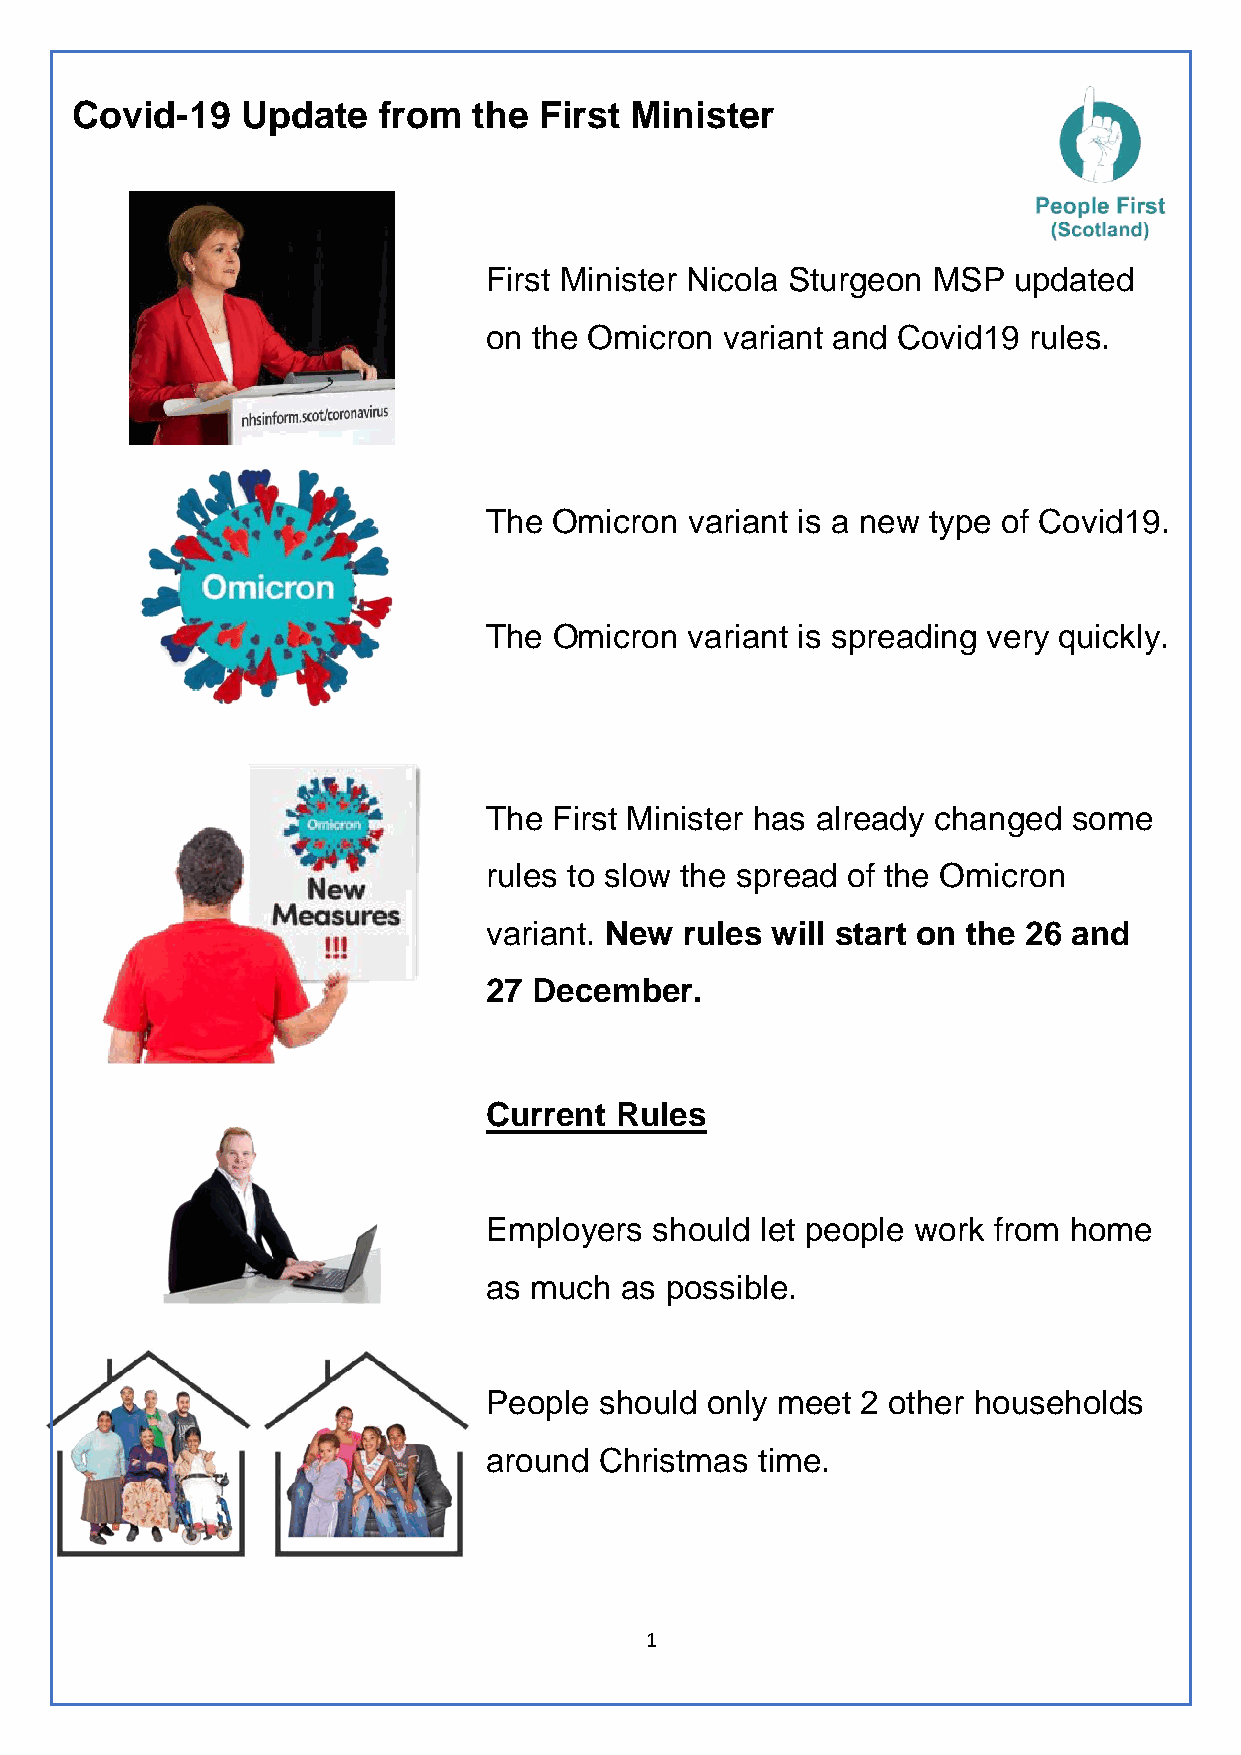
Covid-19   Update   from  the  First Minister
 First Minister Nicola Sturgeon MSP updated
 on the Omicron  variant and Covid19 rules.
 The  Omicron  variant is a new type of Covid19.
 The  Omicron  variant is spreading very quickly.
 The  First Minister has already changed some
 rules to slow the spread of the Omicron
 variant. New rules will start on the 26 and
 27 December.
 Current  Rules
 Employers  should let people work from home
 as much  as possible.
 People  should only meet 2 other households
 around  Christmas time.
 1